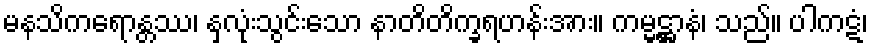
မနသိကရောန္တဿ၊ နှလုံးသွင်းသော နာတိတိက္ခရဟန်းအား။ ကမ္မဋ္ဌာနံ၊ သည်။ ပါကဋံ၊